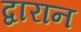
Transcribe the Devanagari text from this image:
द्वारान